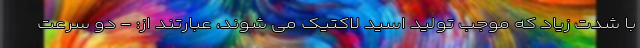
با شدت زیاد که موجب تولید اسید لاکتیک می شوند، عبارتند از: - دو سرعت